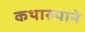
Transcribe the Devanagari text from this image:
कथारुपाने